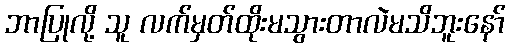
ဘာပြုလို့ သူ လက်မှတ်ထိုးမသွားတာလဲမသိဘူးနော်